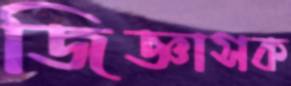
জিজ্ঞাসক